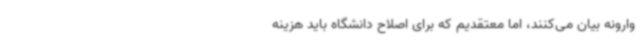
وارونه بیان می‌کنند، اما معتقدیم که برای اصلاح دانشگاه باید هزینه